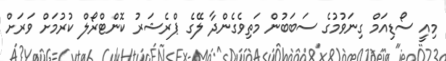
މިއީ ސޯޑިއަމް ގިނަވުމުގެ ސަބަބުން މަތިވެގެންދާ ލޭގެ ޕްރެޝަރު ކޮންޓްރޯލް ކުރުމަށް ވަރަށް